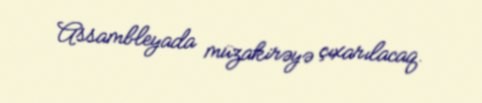
Assambleyada müzakirəyə çıxarılacaq.